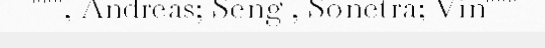
""", Andreas; Seng , Sonetra; Vin"""